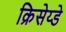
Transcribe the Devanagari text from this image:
क्रिसेय्डे